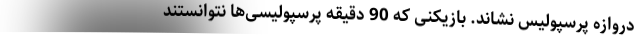
دروازه پرسپولیس نشاند. بازیکنی که 90 دقیقه پرسپولیسی‌ها نتوانستند